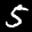
Label: 5